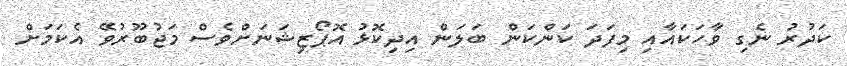
ކަދުރު ނެގި ވާހަކައާއި މިފަދަ ކަންކަން ބަލަން އިދިކޮޅު އޮޕޯޒިޝަނަށްވެސް މަޖުބޫރުވޭ އެކަމަށް